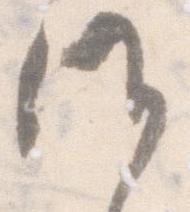
候